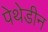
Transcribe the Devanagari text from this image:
पेथेडीन